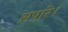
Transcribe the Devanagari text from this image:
सपारे।